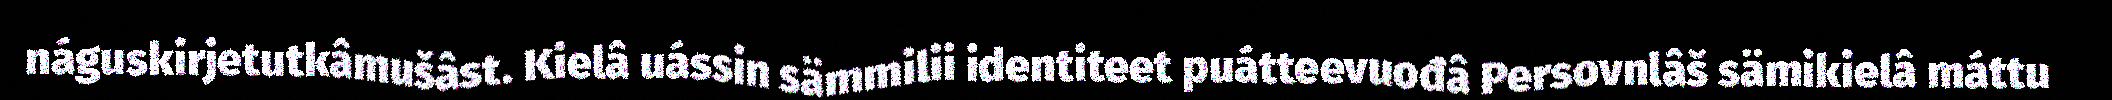
náguskirjetutkâmušâst. Kielâ uássin sämmilii identiteet puátteevuođâ Persovnlâš sämikielâ máttu